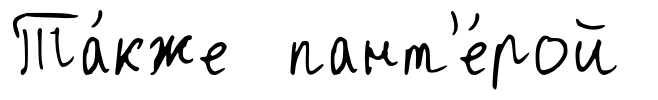
Та́кже пант'е́рой